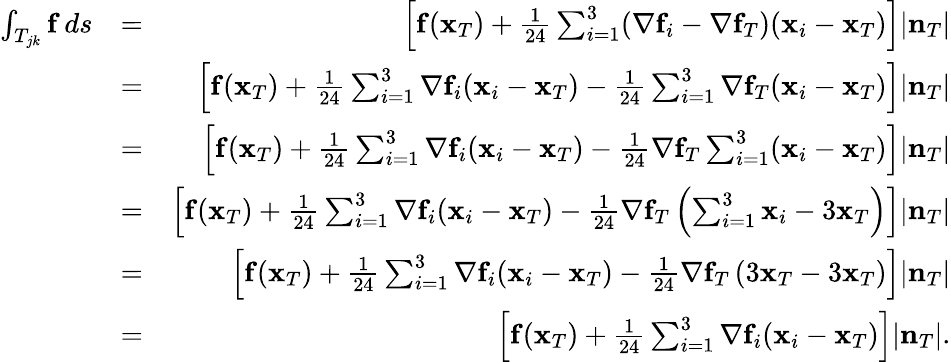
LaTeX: \begin{array}{rlr}{\int_{T_{jk}}{\mathbf f}\, ds}&{=}&{\left[{\mathbf f}({\mathbf x}_{T})+\frac{1}{24}\sum_{i=1}^{3}(\nabla{\mathbf f}_{i}-\nabla{\mathbf f}_{T})({\mathbf x}_{i}-{\mathbf x}_{T})\right]|{\mathbf n}_{T}|}\\ &{=}&{\left[{\mathbf f}({\mathbf x}_{T})+\frac{1}{24}\sum_{i=1}^{3}\nabla{\mathbf f}_{i}({\mathbf x}_{i}-{\mathbf x}_{T})-\frac{1}{24}\sum_{i=1}^{3}\nabla{\mathbf f}_{T}({\mathbf x}_{i}-{\mathbf x}_{T})\right]|{\mathbf n}_{T}|}\\ &{=}&{\left[{\mathbf f}({\mathbf x}_{T})+\frac{1}{24}\sum_{i=1}^{3}\nabla{\mathbf f}_{i}({\mathbf x}_{i}-{\mathbf x}_{T})-\frac{1}{24}\nabla{\mathbf f}_{T}\sum_{i=1}^{3}({\mathbf x}_{i}-{\mathbf x}_{T})\right]|{\mathbf n}_{T}|}\\ &{=}&{\left[{\mathbf f}({\mathbf x}_{T})+\frac{1}{24}\sum_{i=1}^{3}\nabla{\mathbf f}_{i}({\mathbf x}_{i}-{\mathbf x}_{T})-\frac{1}{24}\nabla{\mathbf f}_{T}\left(\sum_{i=1}^{3}{\mathbf x}_{i}-3{\mathbf x}_{T}\right)\right]|{\mathbf n}_{T}|}\\ &{=}&{\left[{\mathbf f}({\mathbf x}_{T})+\frac{1}{24}\sum_{i=1}^{3}\nabla{\mathbf f}_{i}({\mathbf x}_{i}-{\mathbf x}_{T})-\frac{1}{24}\nabla{\mathbf f}_{T}\left(3{\mathbf x}_{T}-3{\mathbf x}_{T}\right)\right]|{\mathbf n}_{T}|}\\ &{=}&{\left[{\mathbf f}({\mathbf x}_{T})+\frac{1}{24}\sum_{i=1}^{3}\nabla{\mathbf f}_{i}({\mathbf x}_{i}-{\mathbf x}_{T})\right]|{\mathbf n}_{T}|.}\end{array}